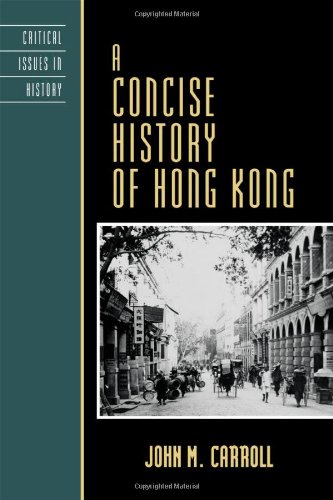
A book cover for A Concise History of Hong Kong (Critical Issues in World and International History); John M. Carroll; History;